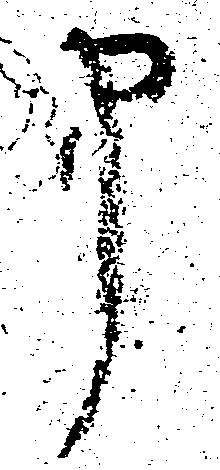
申